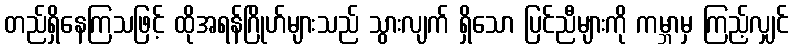
တည်ရှိနေကြသဖြင့် ထိုအရန်ဂြိုဟ်များသည် သွားလျက် ရှိသော ပြင်ညီများကို ကမ္ဘာမှ ကြည့်လျှင်